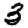
Digit: 3